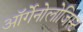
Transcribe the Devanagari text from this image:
ऑर्गेनोलोजिस्ट